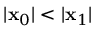
| \mathbf { x } _ { 0 } | < | \mathbf { x } _ { 1 } |